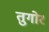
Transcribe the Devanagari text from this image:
तुगोर